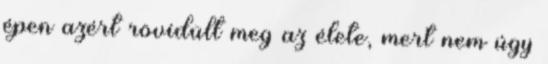
épen azért rövidült meg az élete, mert nem úgy